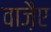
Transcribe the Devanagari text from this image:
वाजै़ए